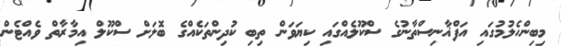
މިބިންހެލުމުގައި އަފްޣާނިސްތާނުގެ ސްކޫލެއްގައި ކިޔަވަން ތިބި ކުދިންތަކެއްގެ ބޮލަށް ސްކޫލް އިމާރާތް ވެއްޓެން